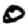
Digit: 0